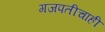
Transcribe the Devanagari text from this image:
गजपतीचाही